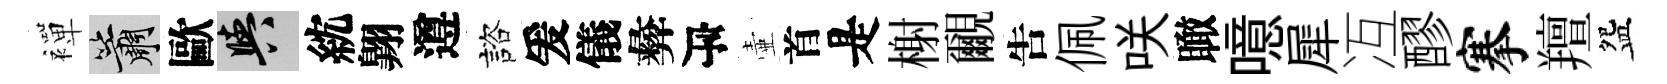
襌簫歐阳紞翺遵諮爰儀彜瓴壷首是榭覼吿佩咲瞰噫犀冱醪搴羶盌